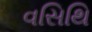
વસિથિ